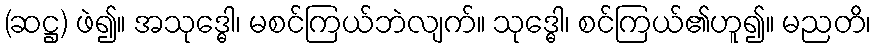
(ဆဋ္ဌ) ဖဲ၍။ အသုဒ္ဓေါ၊ မစင်ကြယ်ဘဲလျက်။ သုဒ္ဓေါ၊ စင်ကြယ်၏ဟူ၍။ မညတိ၊